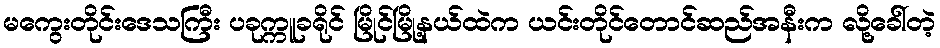
မကွေးတိုင်းဒေသကြီး ပခုက္ကူခရိုင် မြိုင်မြို့နယ်ထဲက ယင်းတိုင်တောင်ဆည်အနီးက လို့ခေါ်တဲ့